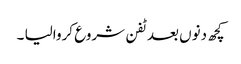
کچھ دنوں بعد ٹفن شروع کروالیا ۔